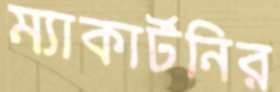
ম্যাকার্টনির